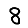
Digit: 8